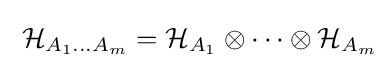
\;{\mathcal {H}}_{A_{1}\ldots A_{m}}={\mathcal {H}}_{A_{1}}\otimes \cdots \otimes {\mathcal {H}}_{A_{m}}